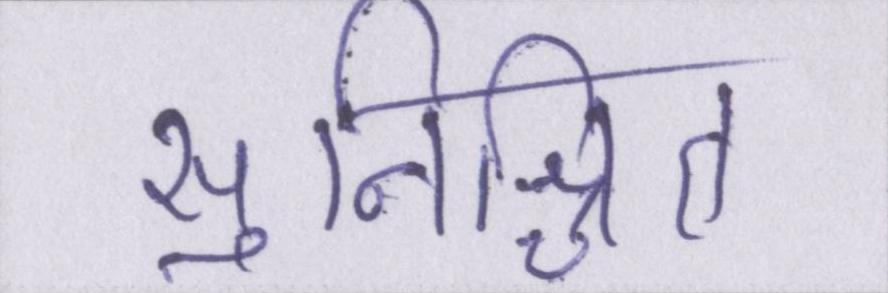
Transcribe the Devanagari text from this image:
सुनिश्चित